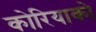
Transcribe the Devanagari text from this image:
कोरियाको